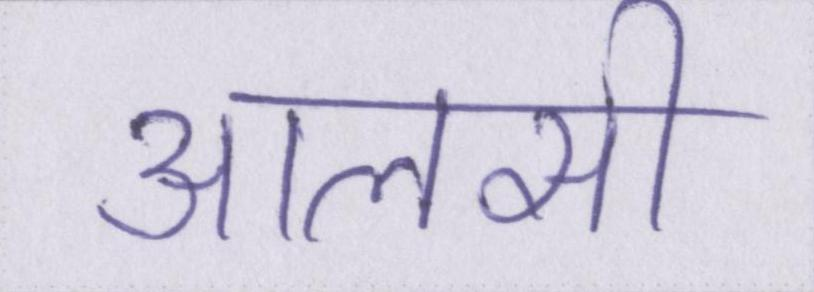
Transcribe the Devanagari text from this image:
आलसी